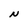
Character: N